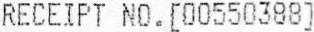
RECEIPT NO.[00550388]